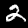
Label: 2